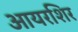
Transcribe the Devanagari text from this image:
आयरशिर